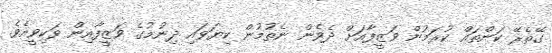
ގޭތެރޭ ކަންތައް ކުރަމުން ވަޒީފާއަށް ދެވެން ނެތުމުން ކިޔަވައި ދިނުމުގެ ވަޒީފާއިން ވަކިވީއެވެ.